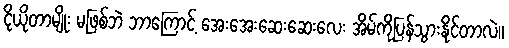
ငိုယိုတာမျိုး မဖြစ်ဘဲ ဘာကြောင့် အေးအေးဆေးဆေးလေး အိမ်ကိုပြန်သွားနိုင်တာလဲ။